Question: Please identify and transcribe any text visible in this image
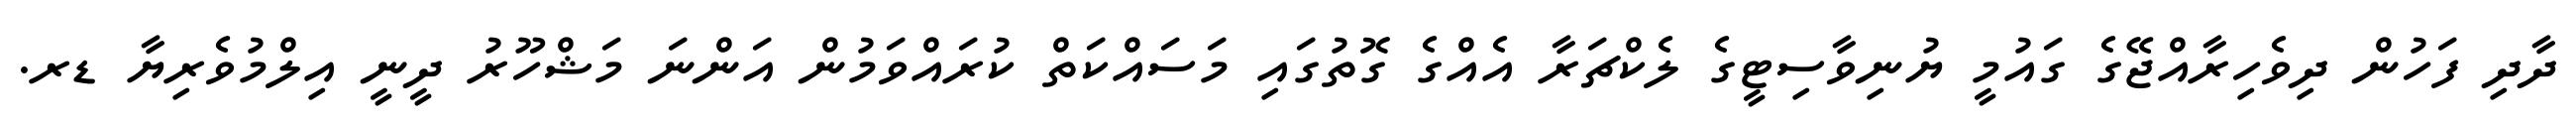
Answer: ދާދި ފަހުން ދިވެހިރާއްޖޭގެ ގައުމީ ޔުނިވާސިޓީގެ ލެކްޗަރާ އެއްގެ ގޮތުގައި މަސައްކަތް ކުރައްވަމުން އަންނަ މަޝްހޫރު ދީނީ އިލްމުވެރިޔާ ޑރ.